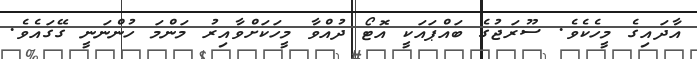
އާދައިގެ މީހެކެވެ. ސޫރަޖުގެ ބައްޕައަކީ އޮޓޯ ދުއްވާ މީހަކަށްވާއިރު މަންމަ ހުންނަނީ ގޭގައެވެ.